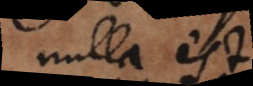
nulla est